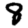
Digit: 8